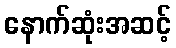
နောက်ဆုံးအဆင့်